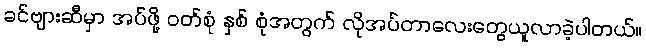
ခင်ဗျားဆီမှာ အပ်ဖို့ ဝတ်စုံ နှစ် စုံအတွက် လိုအပ်တာလေးတွေယူလာခဲ့ပါတယ်။